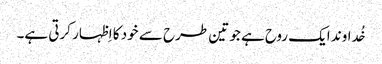
خُداوند ایک روح ہے جو تین طرح سے خود کا اِظہار کرتی ہے۔